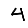
Digit: 4